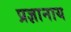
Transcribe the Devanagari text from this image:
प्रज्ञानाय